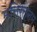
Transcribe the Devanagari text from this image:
मनिरत्नम्‌